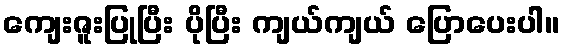
ကျေးဇူးပြုပြီး ပိုပြီး ကျယ်ကျယ် ပြောပေးပါ။